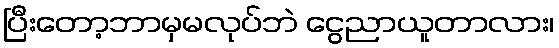
ပြီးတော့ဘာမှမလုပ်ဘဲ ငွေညာယူတာလား၊